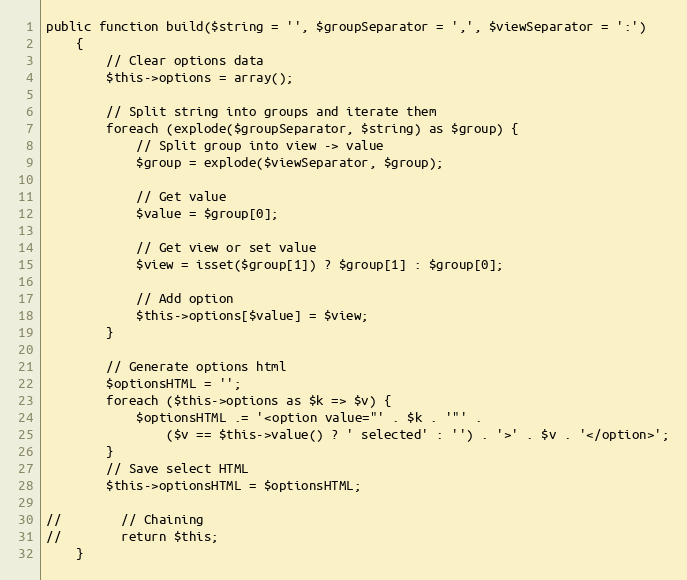
Language: PHP
public function build($string = '', $groupSeparator = ',', $viewSeparator = ':')
    {
        // Clear options data
        $this->options = array();

        // Split string into groups and iterate them
        foreach (explode($groupSeparator, $string) as $group) {
            // Split group into view -> value
            $group = explode($viewSeparator, $group);

            // Get value
            $value = $group[0];

            // Get view or set value
            $view = isset($group[1]) ? $group[1] : $group[0];

            // Add option
            $this->options[$value] = $view;
        }

        // Generate options html
        $optionsHTML = '';
        foreach ($this->options as $k => $v) {
            $optionsHTML .= '<option value="' . $k . '"' .
                ($v == $this->value() ? ' selected' : '') . '>' . $v . '</option>';
        }
        // Save select HTML
        $this->optionsHTML = $optionsHTML;

//        // Chaining
//        return $this;
    }